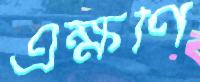
এক্ষণি